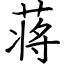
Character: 蒋